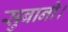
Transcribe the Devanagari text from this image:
सुबानी।